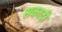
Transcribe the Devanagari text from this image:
सकादी